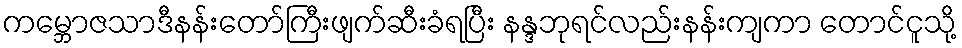
ကမ္ဘောဇသာဒီနန်းတော်ကြီးဖျက်ဆီးခံရပြီး နန္ဒဘုရင်လည်းနန်းကျကာ တောင်ငူသို့